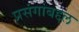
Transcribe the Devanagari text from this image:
प्रसंगांबद्दल